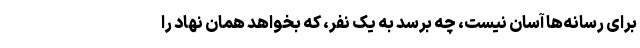
برای رسانه‌ها آسان نیست، چه برسد به یک نفر، که بخواهد همان نهاد را